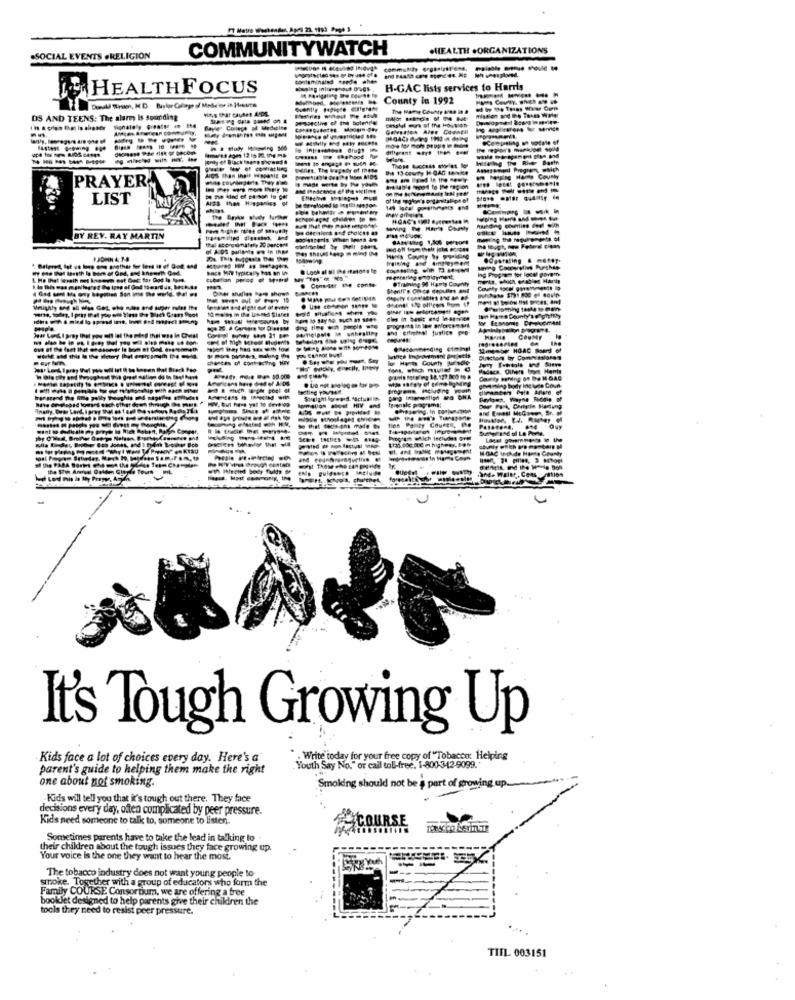
COMMUNITYWATCH
.HEALTH .ORGANIZATIONS
.SOCIAL EVENTS .RELIGION
community organizations.
----
contaminated :surde che
HEALTHFOCUS
H-GAC lists services to Harris
County in 1992
The Man County Bina it &
DS AND TEENS: The alarm Is sounding
perspective of the bolend'e
Bayle Conego of Medecine
----
-------
------
Alos than their Hispanic @
IN 13 cavity H-GAG HINke
PRAYER
-----
LIST
AIGS then Hispanics of
De me kind of person to get
BY REY. RAY MARTIN
Per thius kasp @ mind IN
Bach Mit typicaly has an in
ing Program tor locel parem
cubation perlos @ Mond
@Training 94 Hawty County
Harris County
report they had ses with ton
10mgaby HOAC Boord
willce Ionnement parjects
Hante County Mitde
Director by Commissioner
--.. .** 30.000
Panty Coudes, Che
----
Quy
Seere taches . ...
ETSU
It's Tough Growing Up
Kids face a lot of choices every day. Here's a
. Write today for your free copy of "Tobacco: Helping
parent's guide to helping them make the right
Youth Say No." or call toll-free, 1-800-3-42-9099."
one about not smoking.
Smoking should not be a part of growing up.
Kids will tell you that it's tough out there. They face
decisions every day, often complicated by peer pressure.
Kids need someone to talk to, someone to listen.
Sometimes parents have to take the lead in talking to
their children about the tough issues they face growing up.
Your voice Is the one they want to hear the most.
The tobacco industry does not want young people to
Family COURSE Consortium, we are offering a free
ke Together with a group of educators who form the
booklet designed to help parents give their children the
tools they need to resist peer pressure.
TIEL 003151